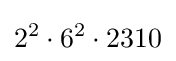
2^{2}\cdot 6^{2}\cdot 2310